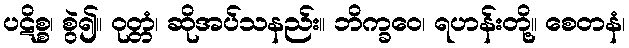
ပဋိစ္စ၊ စွဲ၍။ ဝုတ္တံ၊ ဆိုအပ်သနည်း။ ဘိက္ခဝေ၊ ရဟန်းတို့။ စေတနံ၊